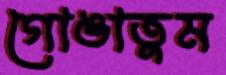
গোঙাতুম